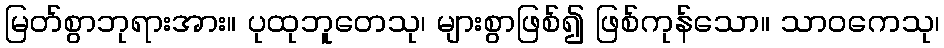
မြတ်စွာဘုရားအား။ ပုထုဘူတေသု၊ များစွာဖြစ်၍ ဖြစ်ကုန်သော။ သာဝကေသု၊